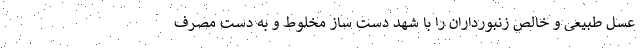
عسل طبیعی و خالص زنبورداران را با شهد دست ساز مخلوط و به دست مصرف